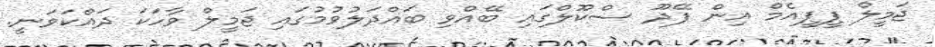
ޖަމީލް ޕީޕީއެމް އިން ފޭދޫ ސްކޫލްގައި ބޭއްވި ބައްދަލުވުމުގައި ޖަމީލް ވާހަކަ ދައްކަވަނީ.